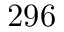
2 9 6